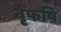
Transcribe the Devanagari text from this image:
वृफषि